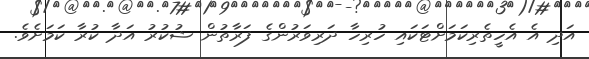
އަދި އެ އެހީތެރިކަމަށްޓަކައި ހުރިހާ ދަރިވަރުންގެ ފަރާތުން ޝުކުުރު އަދާ ކުރާ ކަމަށެވެ.